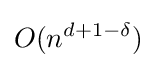
O(n^{d+1-\delta })